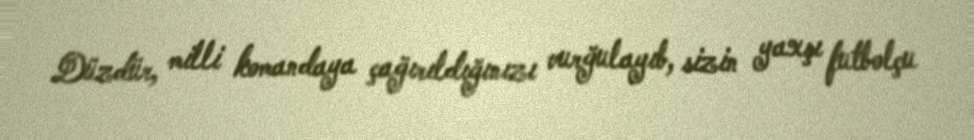
Düzdür, milli komandaya çağırıldığınızı vurğulayıb, sizin yaxşı futbolçu